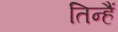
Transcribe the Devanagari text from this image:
तिन्‍हैं